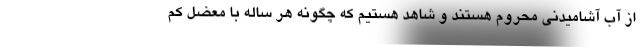
از آب آشامیدنی محروم هستند و شاهد هستیم که چگونه هر ساله با معضل کم